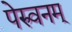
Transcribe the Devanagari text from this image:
पेरुवनम्